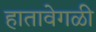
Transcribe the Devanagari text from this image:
हातावेगळी